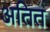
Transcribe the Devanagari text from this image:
अतित